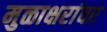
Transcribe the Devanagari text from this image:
मुळाक्षरांवर